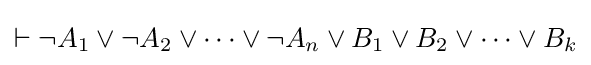
\vdash \neg A_{1}\lor \neg A_{2}\lor \cdots \lor \neg A_{n}\lor B_{1}\lor B_{2}\lor \cdots \lor B_{k}